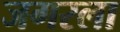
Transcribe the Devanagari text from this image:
जगरला